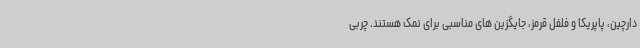
دارچین، پاپریکا و فلفل قرمز، جایگزین های مناسبی برای نمک هستند. چربی